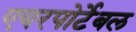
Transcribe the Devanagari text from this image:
एयरपोर्टेबल